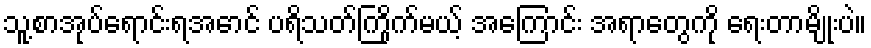
သူ့စာအုပ်ရောင်းရအောင် ပရိသတ်ကြိုက်မယ့် အကြောင်း အရာတွေကို ရေးတာမျိုးပဲ။